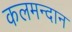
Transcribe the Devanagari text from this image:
कलमन्दान